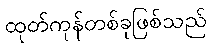
ထုတ်ကုန်တစ်ခုဖြစ်သည်